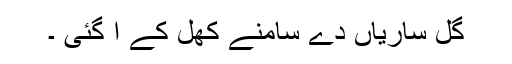
گل ساریاں دے سامنے کھل کے آ گئی ۔